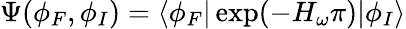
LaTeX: \Psi(\phi_{F},\phi_{I})=\langle\phi_{F}|\exp({-H_{\omega}\pi})|\phi_{I}\rangle